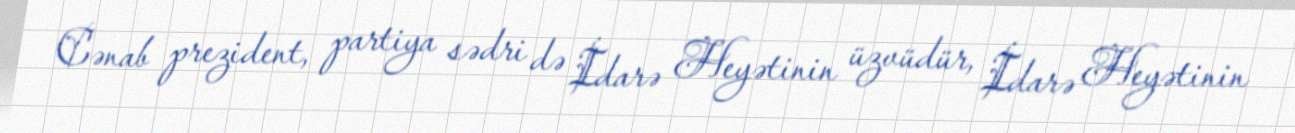
Cənab prezident, partiya sədri də İdarə Heyətinin üzvüdür, İdarə Heyətinin